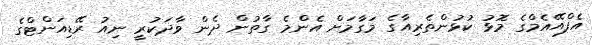
އެފްއޭއެމްގެ މޮޅު ކުޅުންތެރިއާގެ މަގާމަށް އެންމެ ގާތުން ދެން ވާދަކުރީ ނިއު ރޭޑިއަންޓްގެ